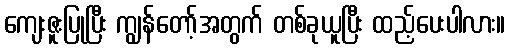
ကျေးဇူးပြုပြီး ကျွန်တော့်အတွက် တစ်ခုယူပြီး ထည့်ပေးပါလား။